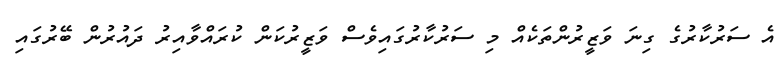
އެ ސަރުކާރުގެ ގިނަ ވަޒީރުންތަކެއް މި ސަރުކާރުގައިވެސް ވަޒީރުކަން ކުރައްވާއިރު ދައުރުން ބޭރުގައި